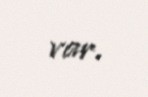
var.